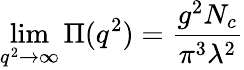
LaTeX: \operatorname*{lim}_{q^{2}\rightarrow\infty}\Pi(q^{2})=\frac{g^{2}N_{c}}{\pi^{3}\lambda^{2}}